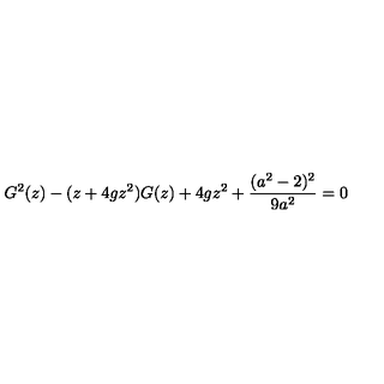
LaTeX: G ^ { 2 } ( z ) - ( z + 4 g z ^ { 2 } ) G ( z ) + 4 g z ^ { 2 } + { \frac { ( a ^ { 2 } - 2 ) ^ { 2 } } { 9 a ^ { 2 } } } = 0